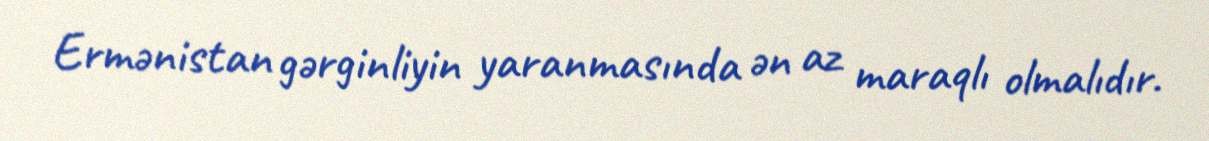
Ermənistan gərginliyin yaranmasında ən az maraqlı olmalıdır.